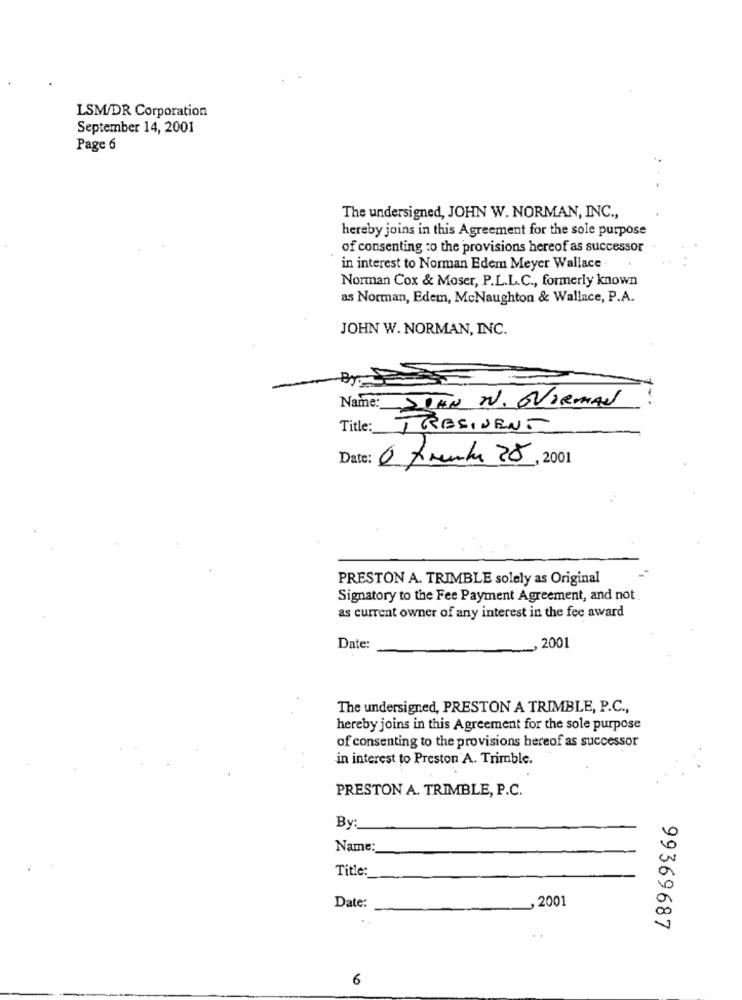
LSM/DR Corporation
September 14, 2001
Page 6
The undersigned, JOHN W. NORMAN, INC .,
hereby joins in this Agreement for the sole purpose
of consenting to the provisions hereof as successor
in interest to Norman Edem Meyer Wallace
Norman Cox & Moser, P.L.L.C ., formerly known
as Norman, Edem, McNaughton & Wallace, P.A.
JOHN W. NORMAN, INC.
By
Name: STAN N. OVIRMAN
Title: TRESIVENT
Date: 6 tombe 28, 2001
PRESTON A. TRIMBLE solely as Original
Signatory to the Fee Payment Agreement, and not
as current owner of any interest in the fee award
Date:
, 2001
The undersigned, PRESTON A TRIMBLE, P.C .,
hereby joins in this Agreement for the sole purpose
of consenting to the provisions hereof as successor
in interest to Preston A. Trimble.
PRESTON A. TRIMBLE, P.C.
By:
Name:
Title:
, 2001
Date:
..
99369687
6